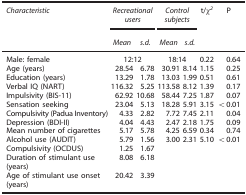
<table><thead><tr><td><b><i>Characteristic</i></b></td><td colspan="2"><b><i>Recreational users</i></b></td><td colspan="2"><b><i>Control subjects</i></b></td><td><b>t/χ<sup><i>2</i></sup></b></td><td><b>P</b></td></tr><tr><td><b> </b></td><td><b><i>Mean</i></b></td><td><b><i>s.d.</i></b></td><td><b><i>Mean</i></b></td><td><b><i>s.d.</i></b></td><td><b> </b></td><td><b> </b></td></tr></thead><tbody><tr><td>Male: female</td><td colspan="2">12:12</td><td colspan="2">18:14</td><td>0.22</td><td>0.64</td></tr><tr><td>Age (years)</td><td>28.54</td><td>6.78</td><td>30.91</td><td>8.14</td><td>1.15</td><td>0.25</td></tr><tr><td>Education (years)</td><td>13.29</td><td>1.78</td><td>13.03</td><td>1.99</td><td>0.51</td><td>0.61</td></tr><tr><td>Verbal IQ (NART)</td><td>116.32</td><td>5.25</td><td>113.58</td><td>8.12</td><td>1.39</td><td>0.17</td></tr><tr><td>Impulsivity (BIS-11)</td><td>62.92</td><td>10.68</td><td>58.44</td><td>7.25</td><td>1.87</td><td>0.07</td></tr><tr><td>Sensation seeking</td><td>23.04</td><td>5.13</td><td>18.28</td><td>5.91</td><td>3.15</td><td>&lt;0.01</td></tr><tr><td>Compulsivity (Padua Inventory)</td><td>4.33</td><td>2.82</td><td>7.72</td><td>7.45</td><td>2.11</td><td>0.04</td></tr><tr><td>Depression (BDI-II)</td><td>4.04</td><td>4.43</td><td>2.47</td><td>2.18</td><td>1.75</td><td>0.09</td></tr><tr><td>Mean number of cigarettes</td><td>5.17</td><td>5.78</td><td>4.25</td><td>6.59</td><td>0.34</td><td>0.74</td></tr><tr><td>Alcohol use (AUDIT)</td><td>5.79</td><td>1.56</td><td>3.00</td><td>2.31</td><td>5.10</td><td>&lt;0.01</td></tr><tr><td>Compulsivity (OCDUS)</td><td>1.25</td><td>1.67</td><td> </td><td> </td><td> </td><td> </td></tr><tr><td>Duration of stimulant use (years)</td><td>8.08</td><td>6.18</td><td> </td><td> </td><td> </td><td> </td></tr><tr><td>Age of stimulant use onset (years)</td><td>20.42</td><td>3.39</td><td> </td><td> </td><td> </td><td> </td></tr></tbody></table>